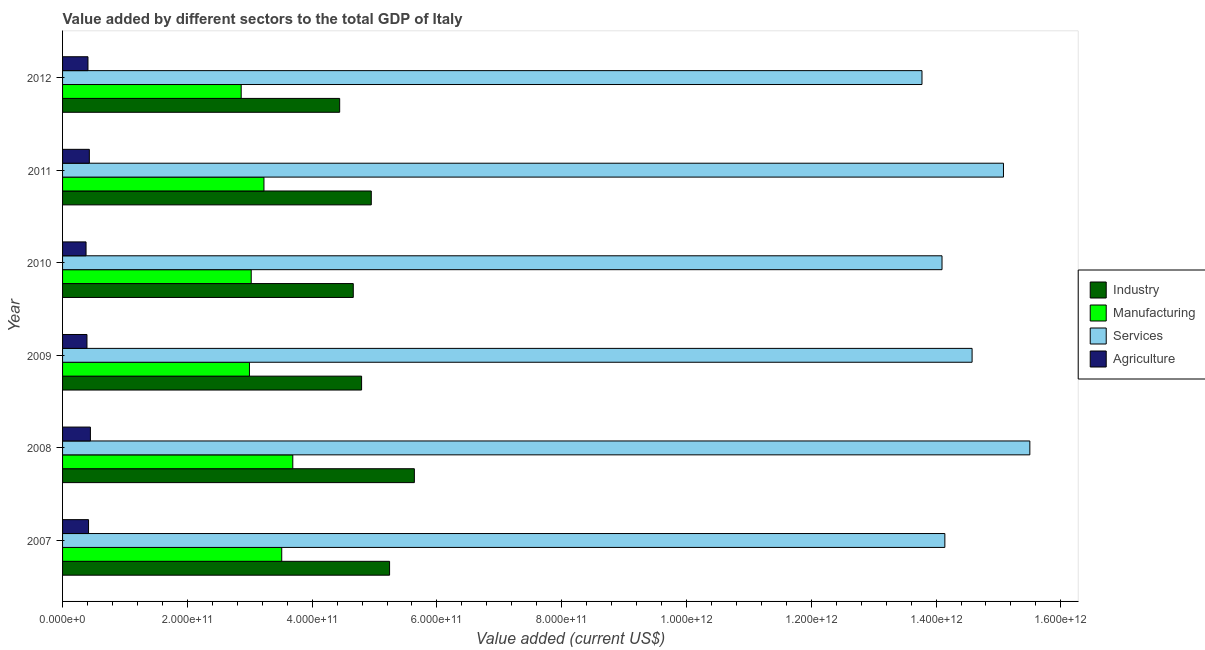
| Year | Industry | Manufacturing | Services | Agriculture |
 | --- | --- | --- | --- | --- |
 | 2007 | 5.24e+11 | 3.51e+11 | 1.41e+12 | 4.17e+10 |
 | 2008 | 5.64e+11 | 3.69e+11 | 1.55e+12 | 4.46e+10 |
 | 2009 | 4.79e+11 | 3e+11 | 1.46e+12 | 3.91e+10 |
 | 2010 | 4.66e+11 | 3.02e+11 | 1.41e+12 | 3.76e+10 |
 | 2011 | 4.95e+11 | 3.23e+11 | 1.51e+12 | 4.29e+10 |
 | 2012 | 4.44e+11 | 2.86e+11 | 1.38e+12 | 4.07e+10 |